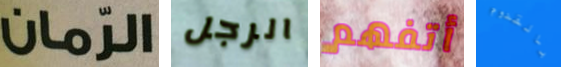
الرمان الرجل أتفهم بالقدوم